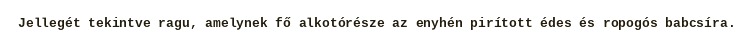
Jellegét tekintve ragu, amelynek fő alkotórésze az enyhén pirított édes és ropogós babcsíra.